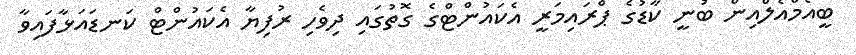
ބީއެމްއެލްއިން ބުނީ ކާޑުގެ ޕްރައިމަރީ އެކައުންޓްގެ ގޮތުގައި ދިވެހި ރުފިޔާ އެކައުންޓް ކަނޑައަޅާފައިވާ